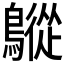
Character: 𪅜